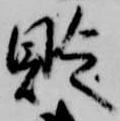
貶